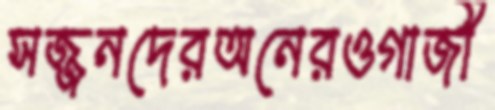
সজ্জনদেরঅনেরওগাজী